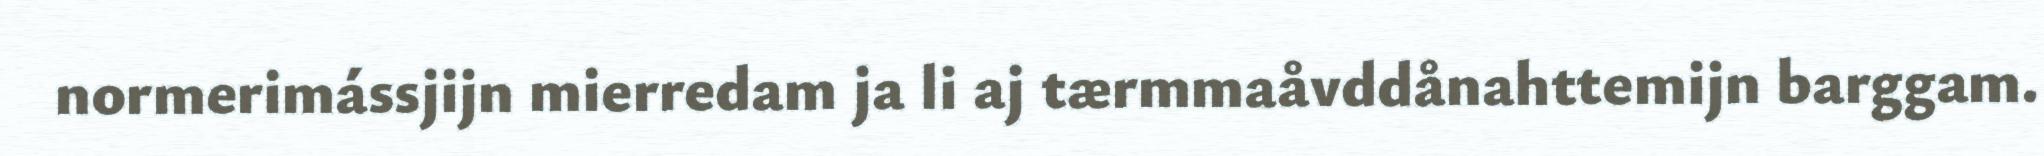
normerimássjijn mierredam ja li aj tærmmaåvddånahttemijn barggam.